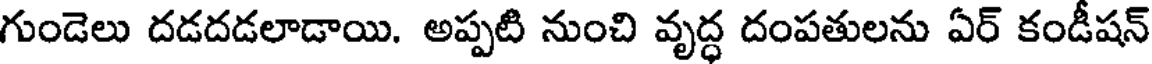
గుండెలు దడదడలాడాయి. అప్పటి నుంచి వృద్ధ దంపతులను ఏర్ కండీషన్